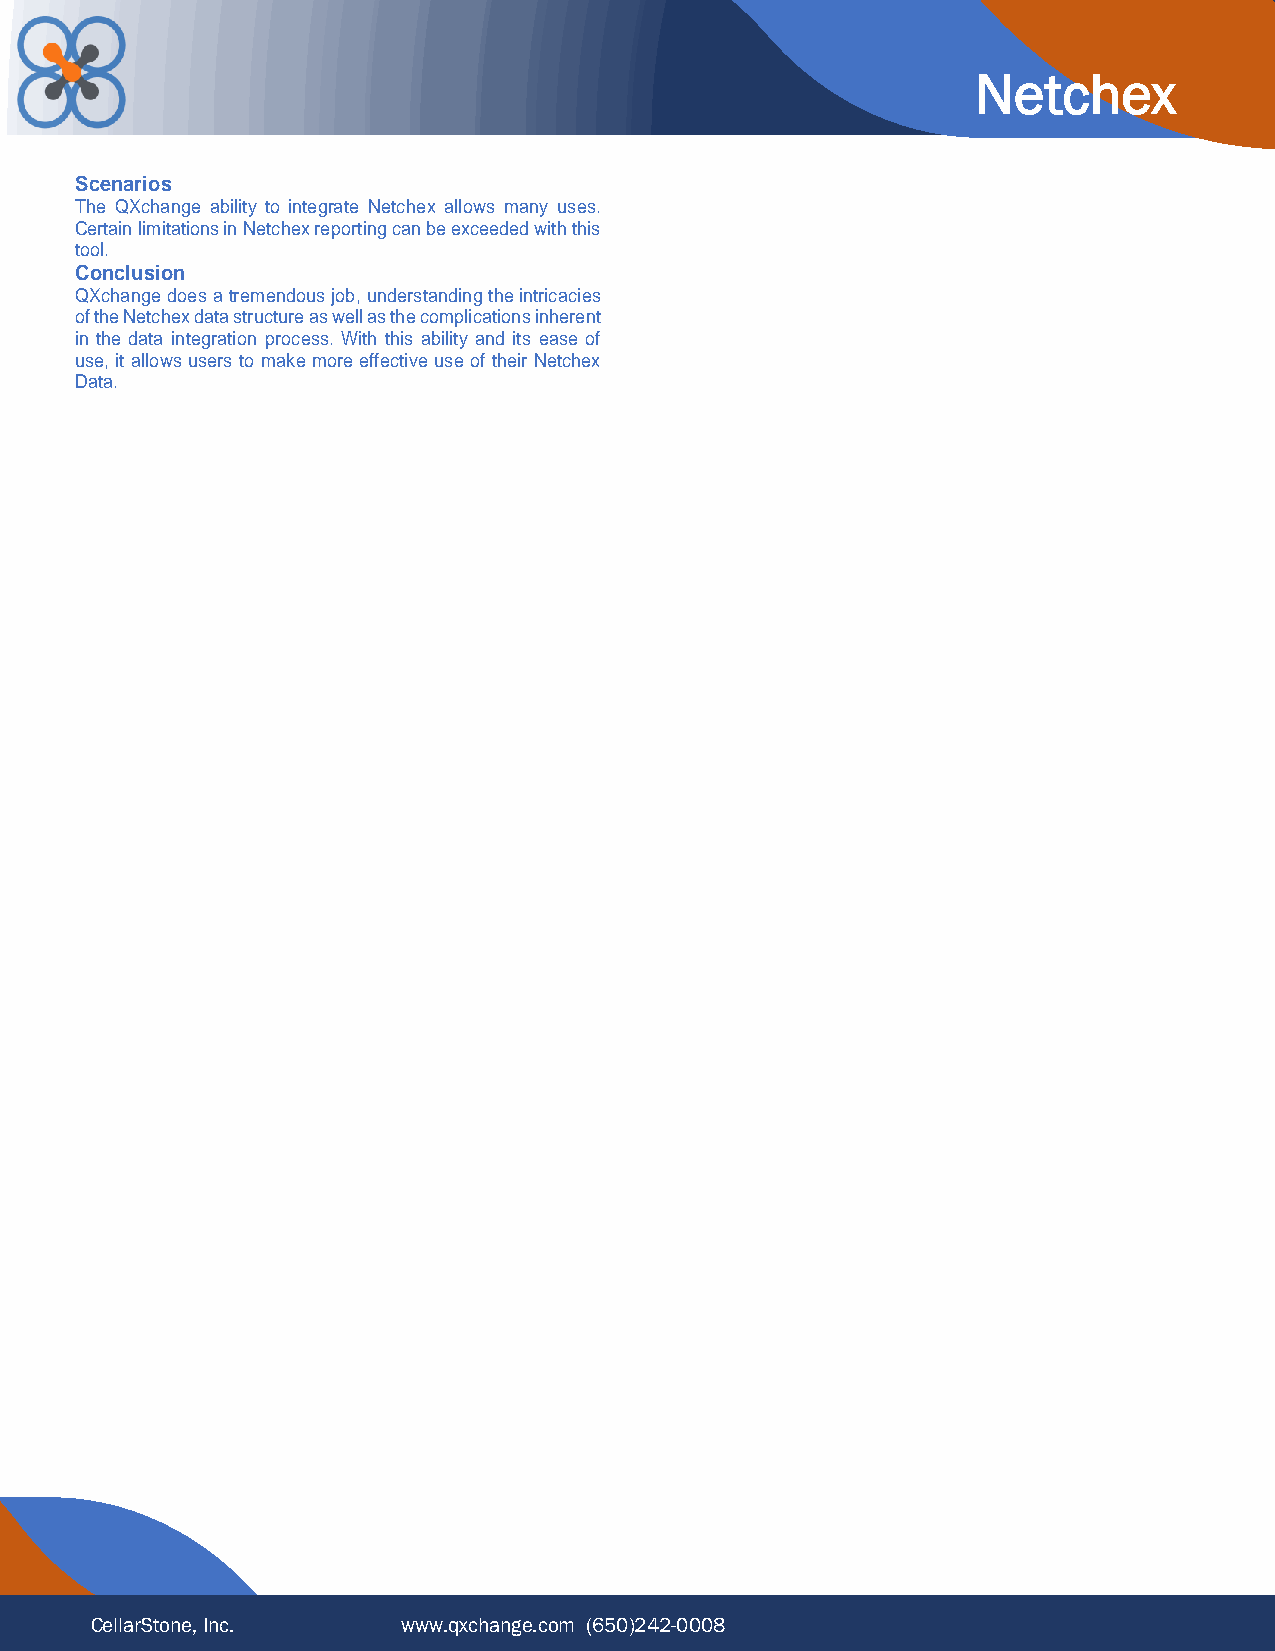
Netchex
 Scenarios
 The QXchange ability to integrate Netchex allows many uses.
 Certain limitations in Netchex reporting can be exceeded with this
 tool.
 Conclusion
 QXchange does a tremendous job, understanding the intricacies
 of the Netchex data structure as well as the complications inherent
 in the data integration process. With this ability and its ease of
 use, it allows users to make more effective use of their Netchex
 Data.
 CellarStone, Inc.    www.qxchange.com (650)242-0008